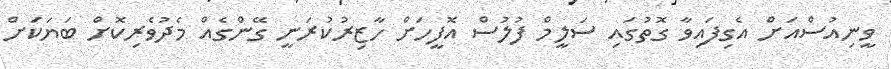
ވީނިއުސްއަށް އެގިފައިވާ ގޮތުގައި ސަލީމް ފުލުސް އޮފީހަށް ހާޒިރުކުރަނީ ގޭންގެއް މެދުވެރިކޮށް ބަޔަކަށް